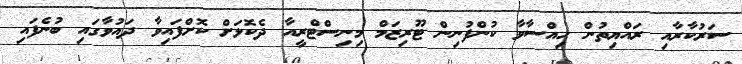
ސަރުކާރާއި ރައްޔިތުން ހިއްސާވާ ކުންފުނިން ޓޫރިޒަމް މިނިސްޓްރީއާ ދެކޮޅަށް ކޮށްފައިވާ ދައުވާގައި ބުނެފައި